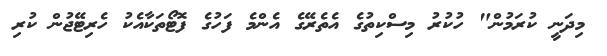
މިދަނީ ކުރަމުން" ހުކުރު މިސްކިތުގެ އެތެރޭގެ އެންމެ ފަހުގެ ފޮޓޯތަކާއެކު ހެރިޓޭޖުން ކުރި